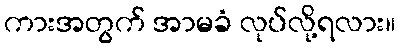
ကားအတွက် အာမခံ လုပ်လို့ရလား။